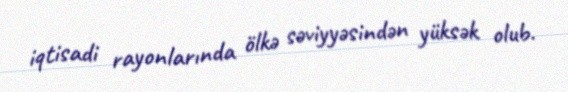
iqtisadi rayonlarında ölkə səviyyəsindən yüksək olub.